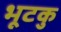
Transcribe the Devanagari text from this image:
भूटकु